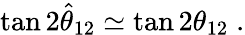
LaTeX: \tan 2\hat{\theta}_{12}\simeq\tan 2\theta_{12}\; .